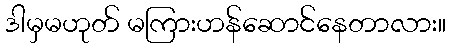
ဒါမှမဟုတ် မကြားဟန်ဆောင်နေတာလား။